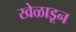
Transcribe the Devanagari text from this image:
खेळाडून